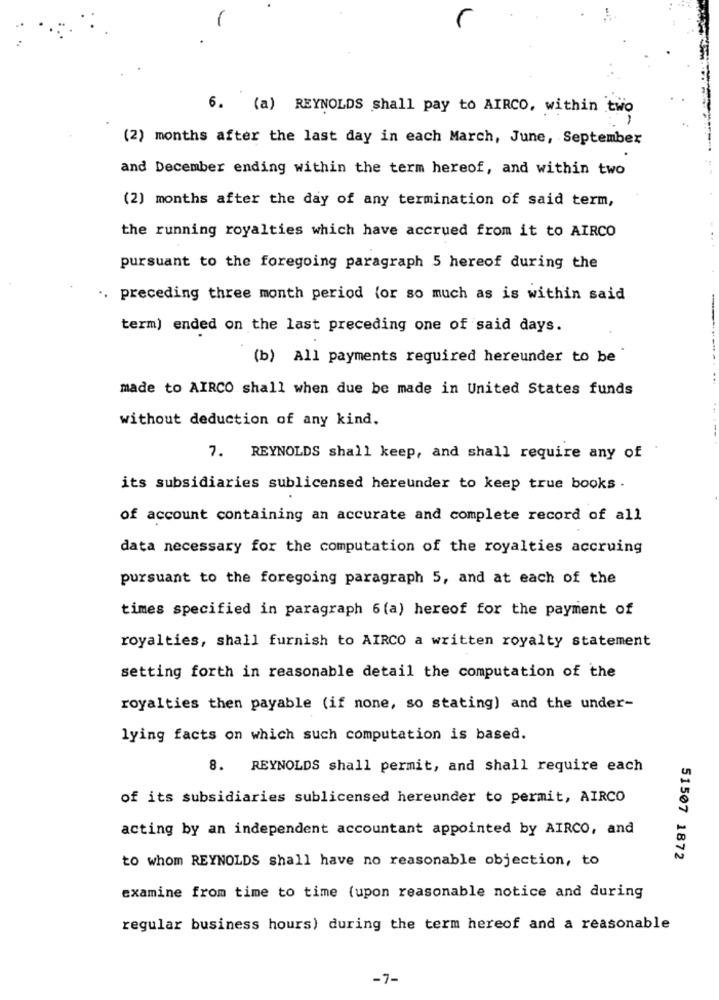
6.
(a) REYNOLDS shall pay to AIRCO, within two
(2) months after the last day in each March, June, September
and December ending within the term hereof, and within two
(2) months after the day of any termination of said term,
the running royalties which have accrued from it to AIRCO
pursuant to the foregoing paragraph 5 hereof during the
.. preceding three month period for so much as is within said
term) ended on the last preceding one of said days.
(b) All payments required hereunder to be
made to AIRCO shall when due be made in United States funds
without deduction of any kind.
7. REYNOLDS shall keep, and shall require any of
its subsidiaries sublicensed hereunder to keep true books .
of account containing an accurate and complete record of all
data necessary for the computation of the royalties accruing
pursuant to the foregoing paragraph 5, and at each of the
times specified in paragraph 6 (a) hereof for the payment of
royalties, shall furnish to AIRCO a written royalty statement
setting forth in reasonable detail the computation of the
royalties then payable (if none, so stating) and the under-
lying facts on which such computation is based.
8. REYNOLDS shall permit, and shall require each
of its subsidiaries sublicensed hereunder to permit, AIRCO
acting by an independent accountant appointed by AIRCO, and
to whom REYNOLDS shall have no reasonable objection, to
51507 1872
examine from time to time (upon reasonable notice and during
regular business hours) during the term hereof and a reasonable
-7-